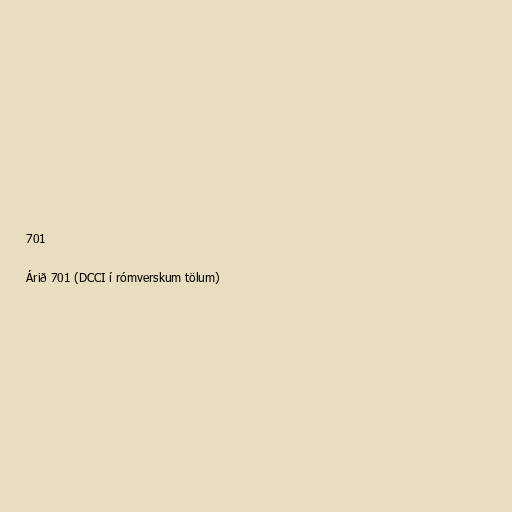
701

Árið 701 (DCCI í rómverskum tölum)